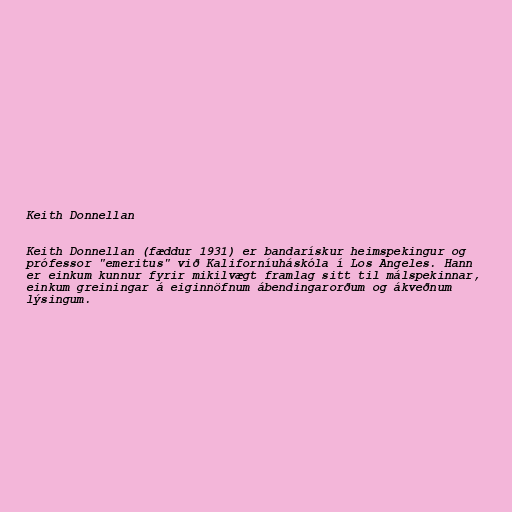
Keith Donnellan

Keith Donnellan (fæddur 1931) er bandarískur heimspekingur og
prófessor "emeritus" við Kaliforníuháskóla í Los Angeles. Hann
er einkum kunnur fyrir mikilvægt framlag sitt til málspekinnar,
einkum greiningar á eiginnöfnum ábendingarorðum og ákveðnum
lýsingum.